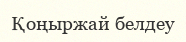
Қоңыржай белдеу